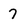
Character: 7